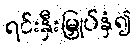
ရင်းနှီးမြှုပ်နှံ၍